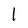
Character: 1